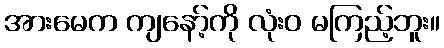
အားမေက ကျနော့်ကို လုံးဝ မကြည့်ဘူး။